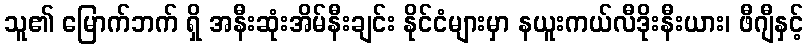
သူ၏ မြောက်ဘက် ရှိ အနီးဆုံးအိမ်နီးချင်း နိုင်ငံများမှာ နယူးကယ်လီဒိုးနီးယား၊ ဖီဂျီနှင့်